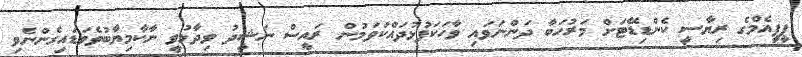
ޕީޕީއެމްގެ ރިޔާސީ ކެންޑިޑޭޓަށް މަރުހަބާ ދަންނަވައި ވާހަކަފުޅުދައްކަވަމުން ރައީސް ނަޝީދު ވިދާޅުވީ ނާކާމިޔާބުވެވަޑައިގެންނެވި